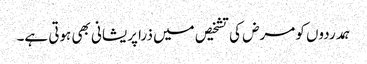
ہمدردوں کو مرض کی تشخیص میں ذرا پریشانی بھی ہوتی ہے۔